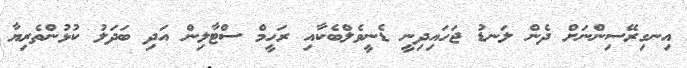
އިނގިރޭސިންނަށް ދެން ލަނޑު ޖަހައިދިނީ ޑެނީވެލްބެކާއި ރަހީމް ސްޓާލިން އަދި ބަދަލު ކުޅުންތެރިޔާ